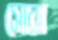
সোরা